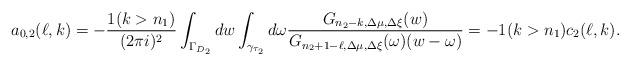
LaTeX: \begin{align*}a_{0,2}(\ell,k)=-\frac {1(k>n_1)}{(2\pi i)^2}\int_{\Gamma_{D_2}}dw\int_{\gamma_{\tau_2}}d\omega\frac{G_{n_2-k,\Delta\mu,\Delta\xi}(w)}{G_{n_2+1-\ell,\Delta\mu,\Delta\xi}(\omega)(w-\omega)}=-1(k>n_1)c_2(\ell,k).\end{align*}